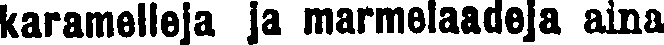
karamelleja ja marmelaadeja aina